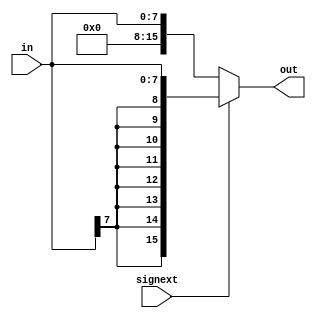
module ext8_16 (in, signext, out);
    input [7:0] in;
    input signext;
    output [15:0] out;
    assign out = signext ? {{8{in[7]}}, {in}} : {{8{1'b0}}, {in}};
endmodule